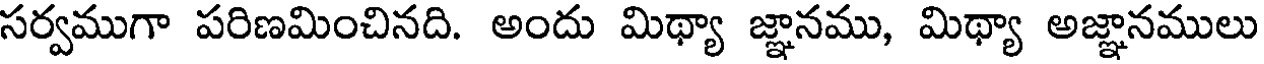
సర్వముగా పరిణమించినది. అందు మిథ్యా జ్ఞానము, మిథ్యా అజ్ఞానములు